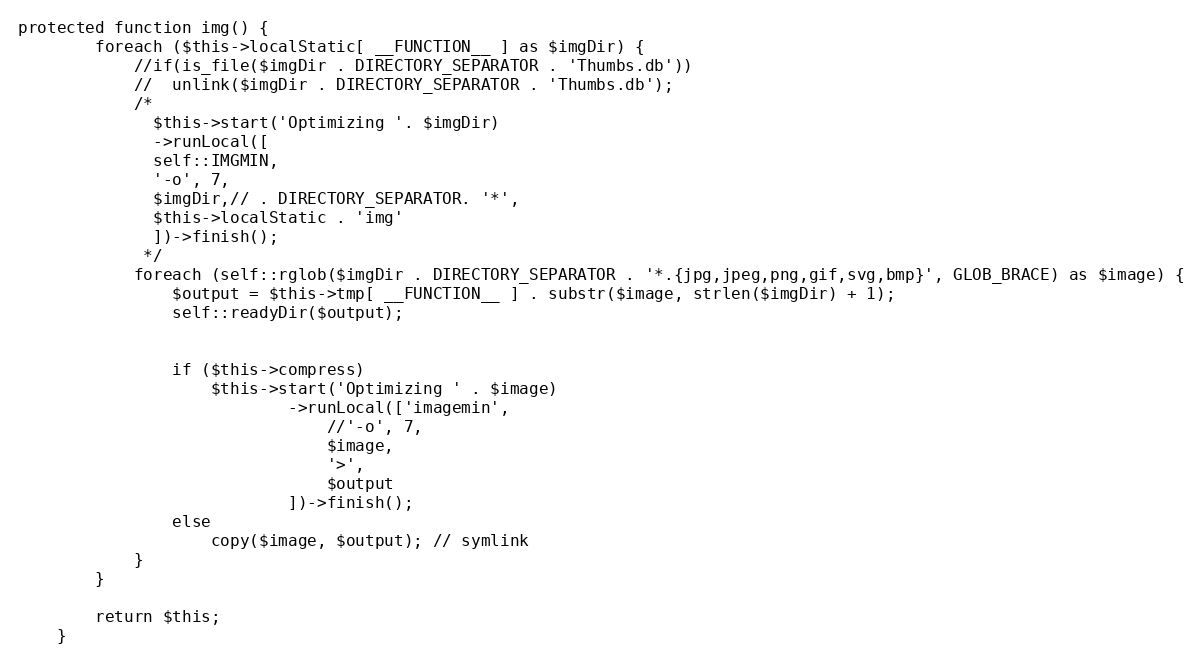
Language: PHP
protected function img() {
		foreach ($this->localStatic[ __FUNCTION__ ] as $imgDir) {
			//if(is_file($imgDir . DIRECTORY_SEPARATOR . 'Thumbs.db'))
			//	unlink($imgDir . DIRECTORY_SEPARATOR . 'Thumbs.db');
			/*
			  $this->start('Optimizing '. $imgDir)
			  ->runLocal([
			  self::IMGMIN,
			  '-o', 7,
			  $imgDir,// . DIRECTORY_SEPARATOR. '*',
			  $this->localStatic . 'img'
			  ])->finish();
			 */
			foreach (self::rglob($imgDir . DIRECTORY_SEPARATOR . '*.{jpg,jpeg,png,gif,svg,bmp}', GLOB_BRACE) as $image) {
				$output = $this->tmp[ __FUNCTION__ ] . substr($image, strlen($imgDir) + 1);
				self::readyDir($output);

				if ($this->compress)
					$this->start('Optimizing ' . $image)
							->runLocal(['imagemin',
								//'-o', 7,
								$image,
								'>',
								$output
							])->finish();
				else
					copy($image, $output); // symlink
			}
		}

		return $this;
	}